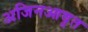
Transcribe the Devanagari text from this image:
अजिनआवृत